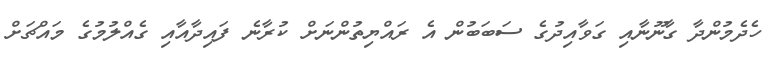
ހެދެމުންދާ ގާނޫނާއި ގަވާއިދުގެ ސަބަބުން އެ ރައްޔިތުންނަށް ކުރާނެ ފައިދާއާއި ގެއްލުމުގެ މައްޗަށް